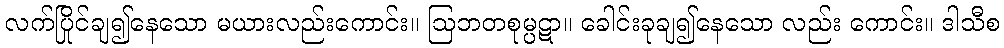
လက်ပြိုင်ချ၍နေသော မယားလည်းကောင်း။ ဩဘတစုမ္ပဋာ။ ခေါင်းခုချ၍နေသော လည်း ကောင်း။ ဒါသီစ